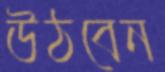
উঠবেন